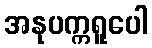
အနုပက္ကရူပေါ